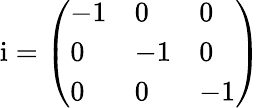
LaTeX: \mathrm{i}=\left(\begin{array}{lll}{-1}&{0}&{0}\\ {0}&{-1}&{0}\\ {0}&{0}&{-1}\end{array}\right)